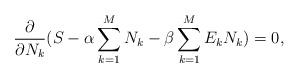
LaTeX: \begin{align*}\frac{\partial}{\partial N_k } ( S - \alpha \sum_{k=1}^{M} N_k -\beta \sum_{k=1}^{M}E_k N_k ) = 0,\end{align*}